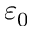
\varepsilon _ { 0 }